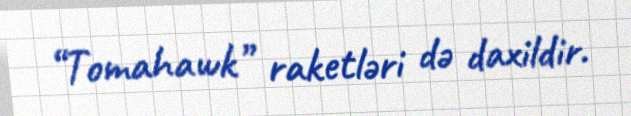
“Tomahawk” raketləri də daxildir.